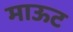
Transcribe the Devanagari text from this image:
माऊट